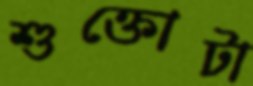
শুক্তোটা